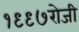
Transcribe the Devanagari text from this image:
१९९७रोजी